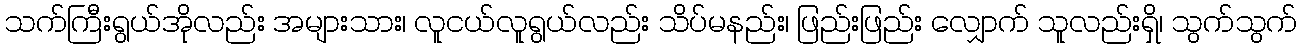
သက်ကြီးရွယ်အိုလည်း အများသား၊ လူငယ်လူရွယ်လည်း သိပ်မနည်း၊ ဖြည်းဖြည်း လျှောက် သူလည်းရှိ၊ သွက်သွက်